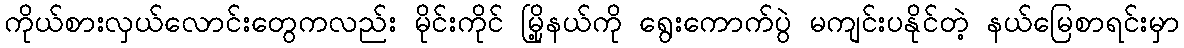
ကိုယ်စားလှယ်လောင်းတွေကလည်း မိုင်းကိုင် မြို့နယ်ကို ရွေးကောက်ပွဲ မကျင်းပနိုင်တဲ့ နယ်မြေစာရင်းမှာ